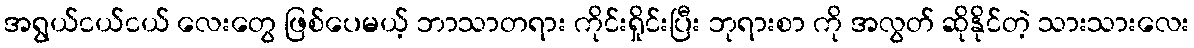
အရွယ်ငယ်ငယ် လေးတွေ ဖြစ်ပေမယ့် ဘာသာတရား ကိုင်းရှိုင်းပြီး ဘုရားစာ ကို အလွတ် ဆိုနိုင်တဲ့ သားသားလေး